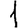
Digit: 1